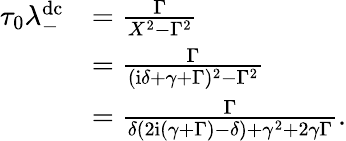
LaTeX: \begin{array}{rl}{\tau_{0}\lambda_{-}^{\mathrm{dc}}}&{=\frac{\Gamma}{X^{2}-\Gamma^{2}}}\\ &{=\frac{\Gamma}{(\mathrm{i}\delta+\gamma+\Gamma)^{2}-\Gamma^{2}}}\\ &{=\frac{\Gamma}{\delta(2\mathrm{i}(\gamma+\Gamma)-\delta)+\gamma^{2}+2\gamma\Gamma}.}\end{array}